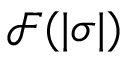
{ \mathcal { F } } ( | \sigma | )